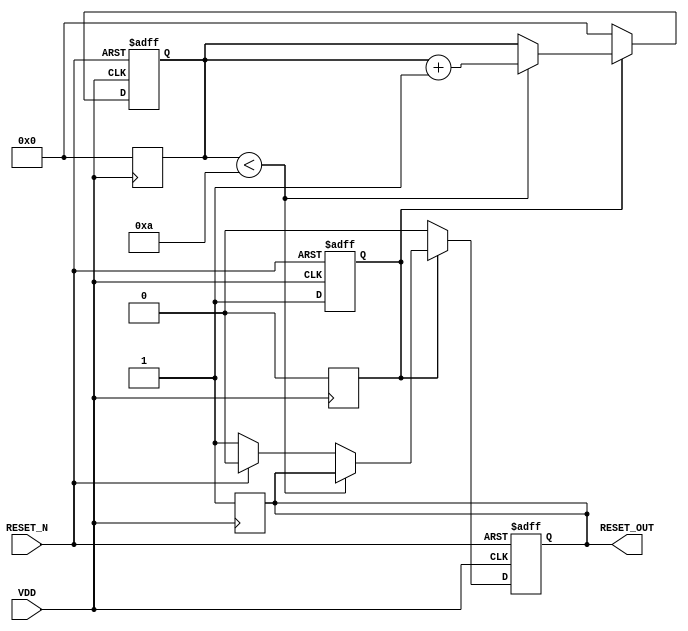
module PowerOnReset #(
    parameter RESET_DURATION = 10 // Duration for which RESET_OUT is active (in ns)
)(
    input wire VDD,              // Power supply status
    input wire RESET_N,          // Active low reset input
    output reg RESET_OUT         // Reset output signal
);

    // Internal signals
    reg por_active;
    reg [31:0] timer; // Timer for reset duration

    // State machine: Using a behavioral model
    always @(posedge VDD or negedge RESET_N) begin
        if (!RESET_N) begin
            // If RESET_N is asserted, assert RESET_OUT immediately
            RESET_OUT <= 1'b0; // Active low
            por_active <= 1'b0; // Clear power-on reset active flag
            timer <= 0; // Reset the timer
        end else if (VDD) begin
            // Power-On Reset Logic
            if (!por_active) begin
                // Assert RESET_OUT during power-on
                RESET_OUT <= 1'b0; // Active low
                por_active <= 1'b1; // Set power-on reset active flag
                timer <= 0; // Start the timer
            end else begin
                // Timer counting
                if (timer < RESET_DURATION) begin
                    timer <= timer + 1;
                end else begin
                    // After timer duration, deassert RESET_OUT if RESET_N is not asserted
                    if (RESET_N) begin
                        RESET_OUT <= 1'b0; // Keep it active low if external reset is still active
                    end else begin
                        RESET_OUT <= 1'b1; // Deassert RESET_OUT (inactive)
                    end
                end
            end
        end
    end

    // Reset the output state when power is not stable
    always @(negedge VDD) begin
        RESET_OUT <= 1'b1; // Deassert if power goes down
        por_active <= 1'b0; // Clear power-on reset flag
        timer <= 0; // Reset the timer
    end

endmodule